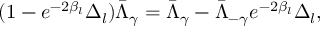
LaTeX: ( 1 - e ^ { - 2 \beta _ { l } } \Delta _ { l } ) \bar { \Lambda } _ { \gamma } = \bar { \Lambda } _ { \gamma } - \bar { \Lambda } _ { - \gamma } e ^ { - 2 \beta _ { l } } \Delta _ { l } ,